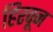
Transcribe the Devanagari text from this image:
हिरवून